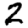
Digit: 2